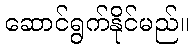
ဆောင်ရွက်နိုင်မည်။